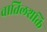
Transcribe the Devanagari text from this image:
वातिलशक्ति